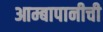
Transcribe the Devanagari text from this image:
आम्बापानीची